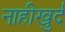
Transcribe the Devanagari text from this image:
नाहीखुर्द